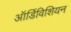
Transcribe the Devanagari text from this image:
ऑर्डिविशियन